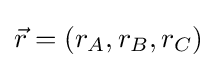
{\vec {r}}=(r_{A},r_{B},r_{C})